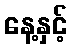
နေ့နှင့်